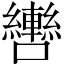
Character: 轡